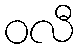
ဝလီ